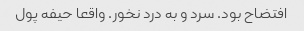
افتضاح بود. سرد و به درد نخور. واقعا حیفه پول